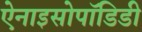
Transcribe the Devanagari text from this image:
ऐनाइसोपॉडिडी